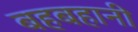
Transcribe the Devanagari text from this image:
बहबहानी